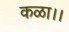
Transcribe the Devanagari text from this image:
कळा।।